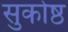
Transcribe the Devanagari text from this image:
सुकोष्ठ